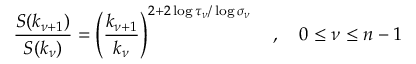
\frac { S ( k _ { \nu + 1 } ) } { S ( k _ { \nu } ) } = \left( \frac { k _ { \nu + 1 } } { k _ { \nu } } \right) ^ { 2 + 2 \log \tau _ { \nu } / \log \sigma _ { \nu } } \quad , \quad 0 \leq \nu \leq n - 1